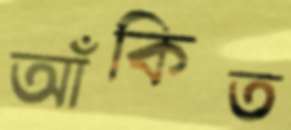
আঁকিত